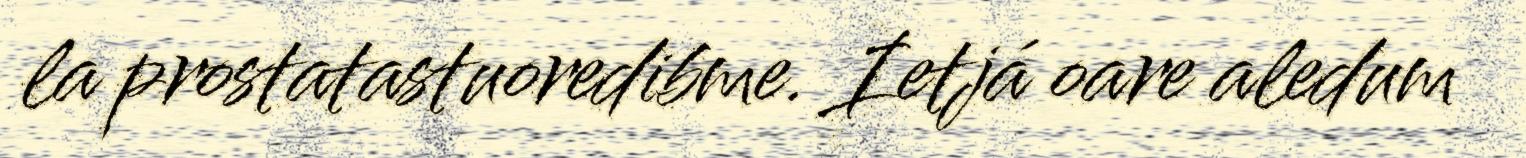
la prostatastuoredibme. Ietjá oare aledum